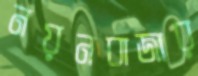
নয়নবাজার